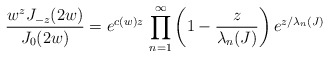
\begin{align*} \frac{w^{z}J_{-z}(2w)}{J_{0}(2w)} =e^{c(w)z}\,\prod_{n=1}^{\infty}\left(1-\frac{z}{\lambda_{n}(J)}\right) e^{z/\lambda_{n}(J)} \end{align*}